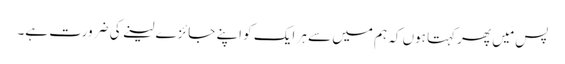
پس مَیں پھرکہتا ہوں کہ ہم میں سے ہر ایک کو اپنے جائزے لینے کی ضرورت ہے۔